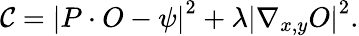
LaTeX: \mathcal{C}=\left|P\cdot O-\psi\right|^{2}+\lambda\left|\nabla_{x,y}O\right|^{2}.